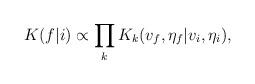
LaTeX: \begin{align*}K(f|i) \propto \prod_k K_k(v_f, \eta_f | v_i, \eta_i),\end{align*}